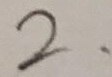
2 .